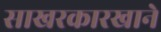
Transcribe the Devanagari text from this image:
साखरकारखाने